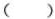
( )